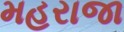
મહરાજા